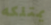
يمتلكه